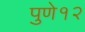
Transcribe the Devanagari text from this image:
पुणे१२